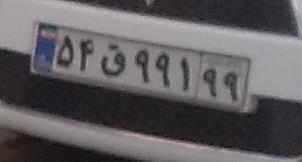
۵۴ق۹۹۱۹۹